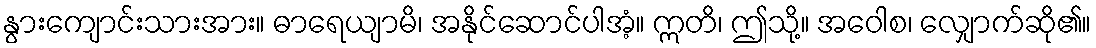
နွားကျောင်းသားအား။ ဓာရေယျာမိ၊ အနိုင်ဆောင်ပါအံ့။ ဣတိ၊ ဤသို့။ အဝေါစ၊ လျှောက်ဆို၏။